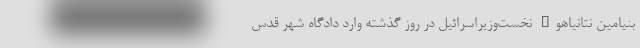
بنیامین نتانیاهو" نخست‌وزیراسرائیل در روز گذشته وارد دادگاه شهر قدس